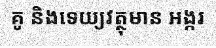
គូ និងទេយ្យវត្ថុមាន អង្ករ